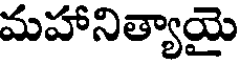
మహానిత్యాయై